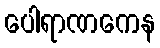
ပေါရာဏကေန